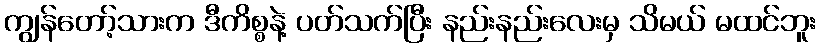
ကျွန်တော့်သားက ဒီကိစ္စနဲ့ ပတ်သက်ပြီး နည်းနည်းလေးမှ သိမယ် မထင်ဘူး